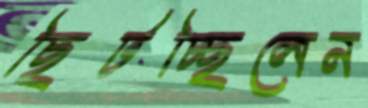
ছিটচ্ছিলেন